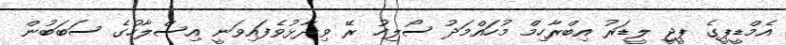
އެމްޑީޕީގެ ޕީޖީ ލީޑަރު އިބްރާހިމް މުހައްމަދު ސޯލިހު ރޭ ވިދާޅުވެފައިވަނީ އިސްލާހުގެ ސަބަބުން